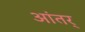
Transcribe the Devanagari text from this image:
आंतर्